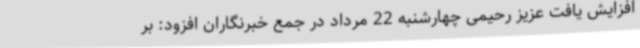
افزایش یافت عزیز رحیمی چهارشنبه 22 مرداد در جمع خبرنگاران افزود: بر